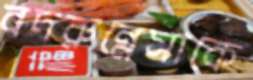
বদরুন্নেসাকে